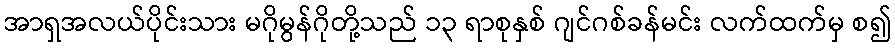
အာရှအလယ်ပိုင်းသား မဂိုမွန်ဂိုတို့သည် ၁၃ ရာစုနှစ် ဂျင်ဂစ်ခန်မင်း လက်ထက်မှ စ၍